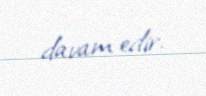
davam edir.